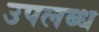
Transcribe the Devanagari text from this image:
उपलब्ध